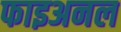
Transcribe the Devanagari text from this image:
फाइअनल